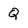
Character: Q